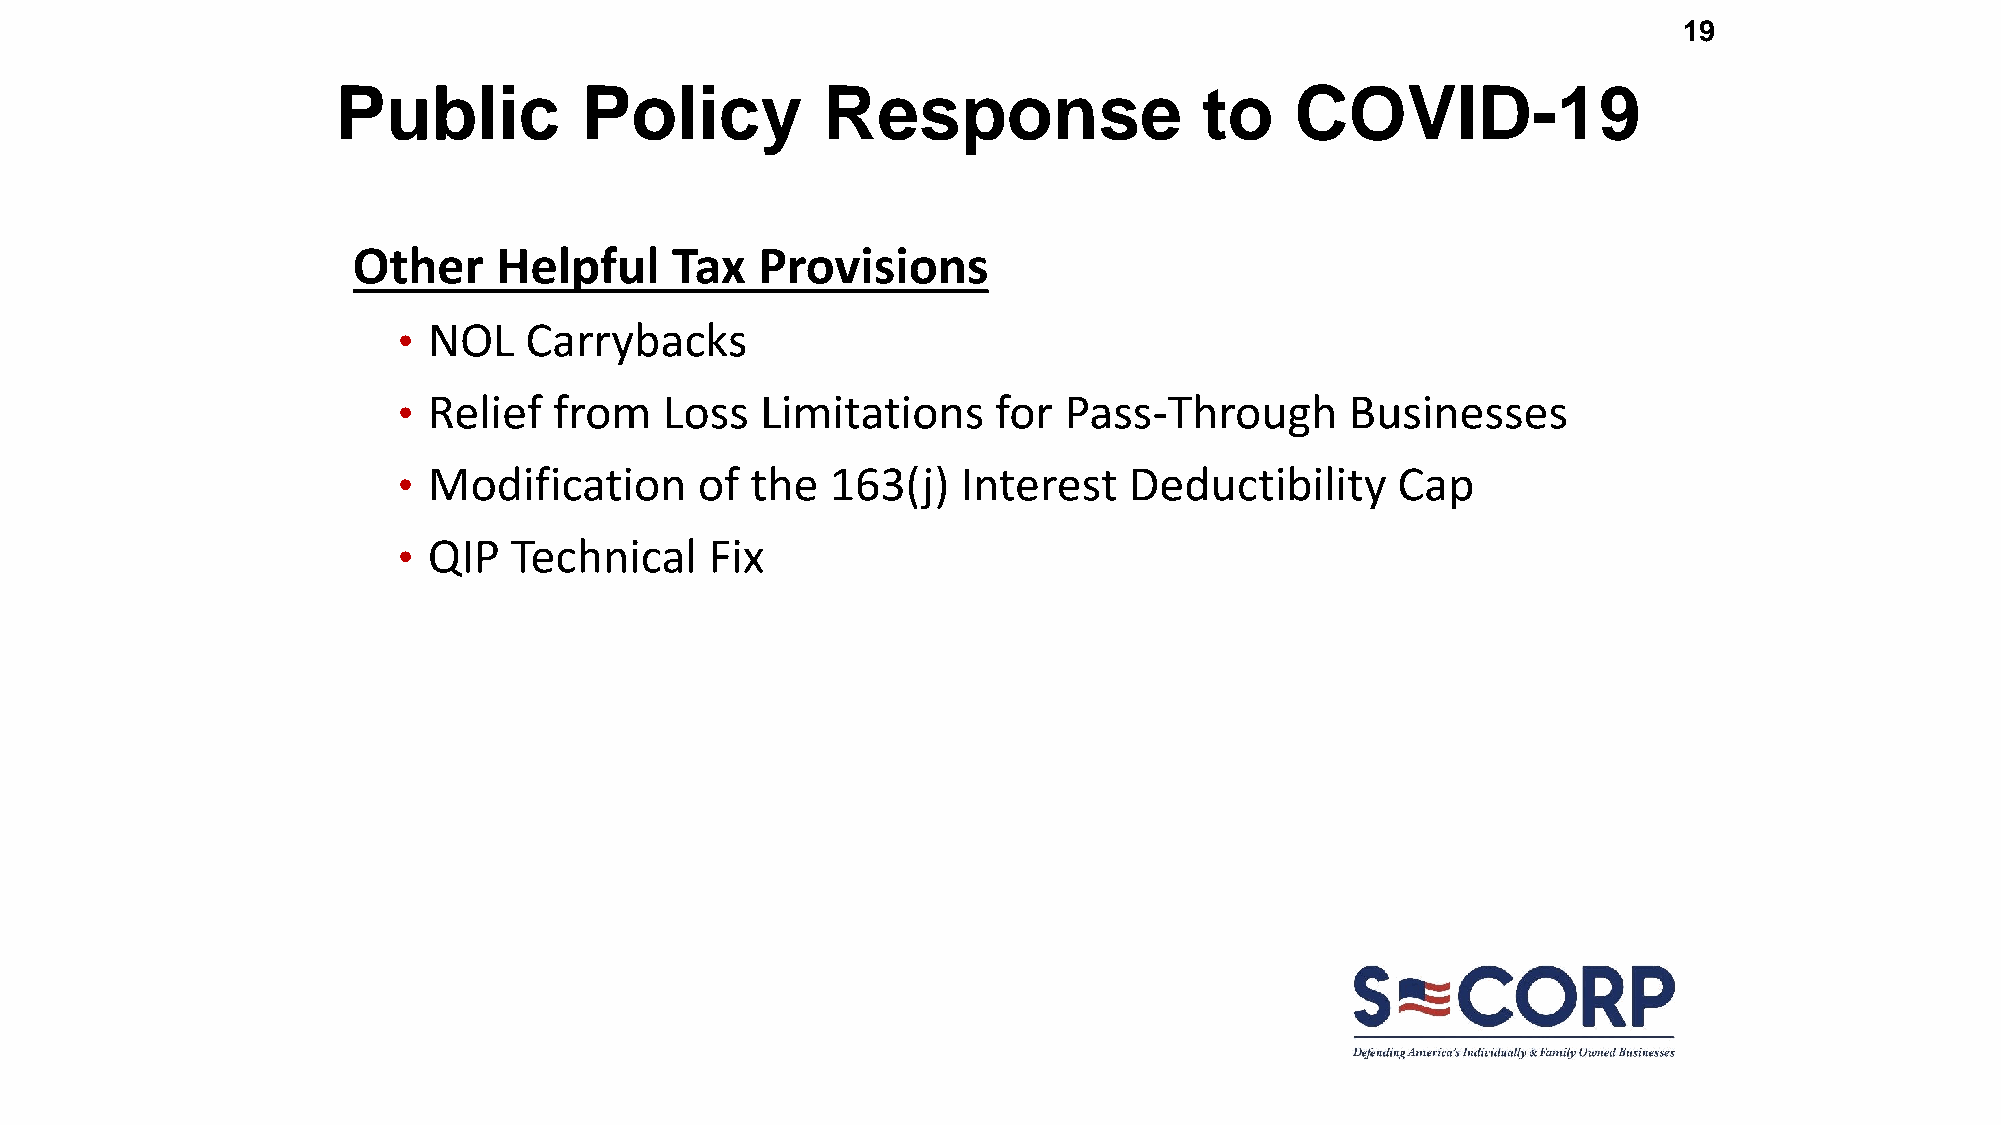
19
 Public          Policy          Response                  to    COVID-19
 Other     Helpful    Tax   Provisions
 • NOL    Carrybacks
 • Relief   from   Loss  Limitations     for Pass-Through       Businesses
 • Modification      of  the  163(j)   Interest   Deductibility    Cap
 • QIP   Technical    Fix